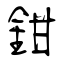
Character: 鉗